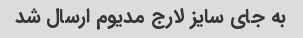
به جای سایز لارج مدیوم ارسال شد